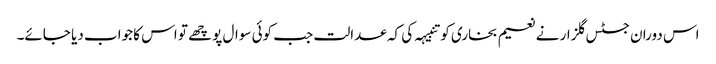
اس دوران جسٹس گلزار نے نعیم بخاری کو تنبیہہ کی کہ عدالت جب کوئی سوال پوچھے تو اس کا جواب دیا جائے۔